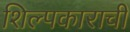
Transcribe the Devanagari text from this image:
शिल्पकाराची